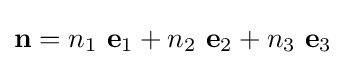
\mathbf {n} =n_{1}~\mathbf {e} _{1}+n_{2}~\mathbf {e} _{2}+n_{3}~\mathbf {e} _{3}